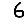
Digit: 6